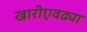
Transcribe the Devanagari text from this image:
खारीएवढ्या